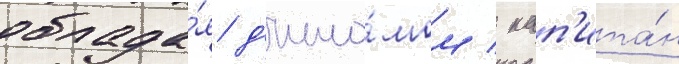
облада́я д'ипло́мом / кап'ита́н